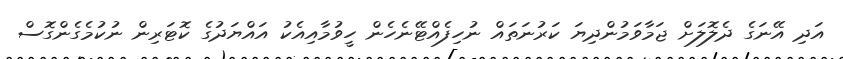
އަދި އޭނަގެ ދެލޮލަށް ޖަމާވަމުންދިޔަ ކަރުނަތައް ނުހިފެއްޓޭނެހެން ހީވުމާއިއެކު އައްޔަދުގެ ކޮޓަރިން ނުކުމެގެންގޮސް